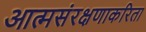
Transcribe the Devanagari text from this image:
आत्मसंरक्षणाकरिता